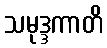
သမုဒ္ဒကာတိ